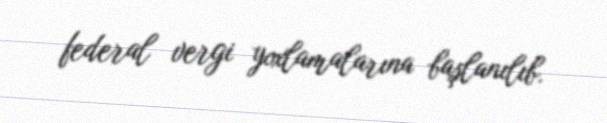
federal vergi yoxlamalarına başlanılıb.